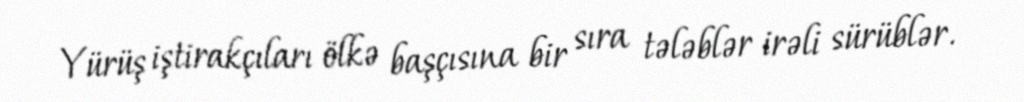
Yürüş iştirakçıları ölkə başçısına bir sıra tələblər irəli sürüblər.